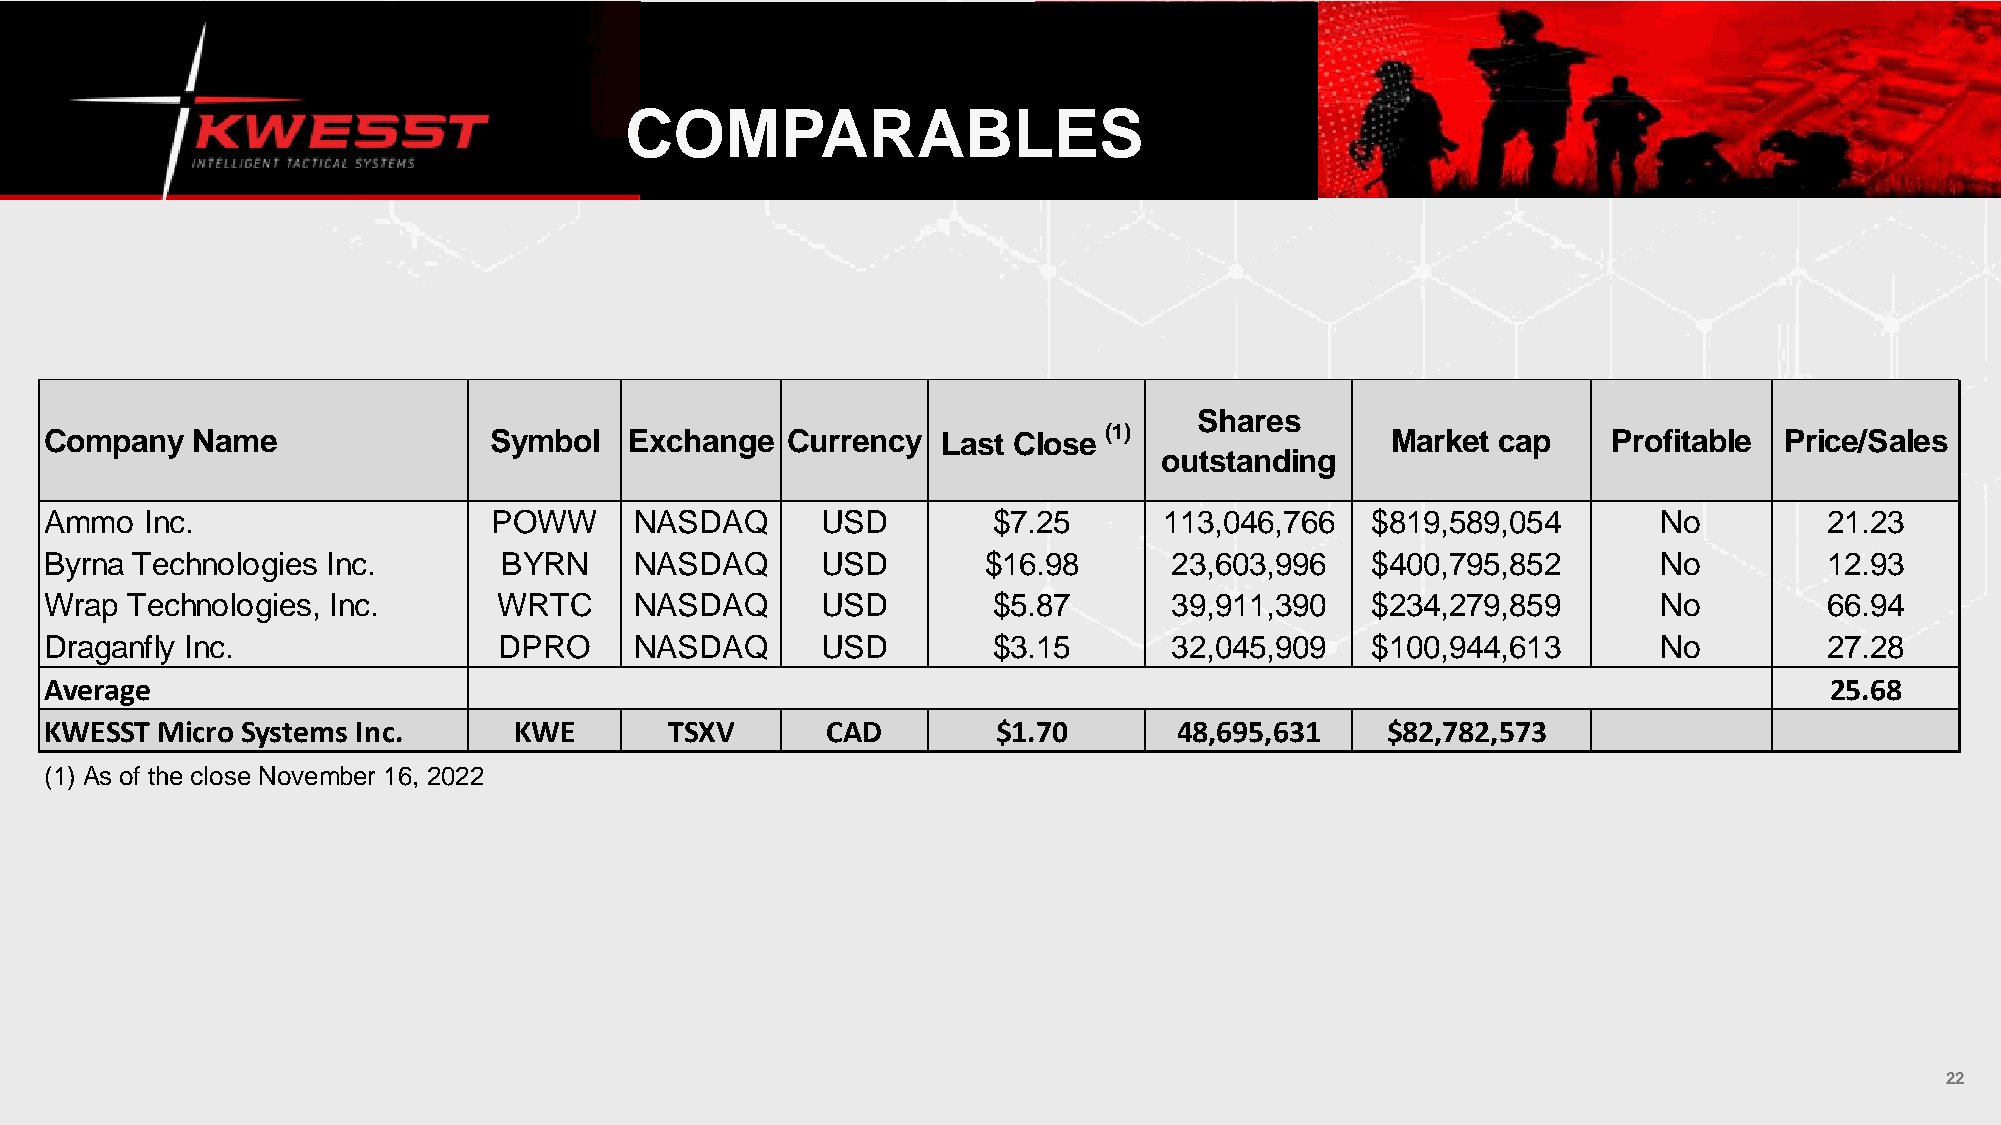
COMPARABLES
 Shares
 Company   Name               Symbol    Exchange  Currency  Last Close (1)                Market cap     Profitable Price/Sales
 outstanding
 Ammo   Inc.                   POWW     NASDAQ      USD         $7.25      113,046,766   $819,589,054       No         21.23
 Byrna Technologies Inc.       BYRN     NASDAQ      USD        $16.98       23,603,996   $400,795,852       No         12.93
 Wrap Technologies, Inc.       WRTC     NASDAQ      USD         $5.87       39,911,390   $234,279,859       No         66.94
 Draganfly Inc.                DPRO     NASDAQ      USD         $3.15       32,045,909   $100,944,613       No         27.28
 Average                                                                                                               25.68
 KWESST Micro Systems Inc.      KWE       TSXV       CAD        $1.70       48,695,631    $82,782,573
 (1) As of the close November 16, 2022
 22